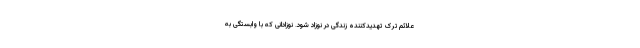
علائم ترک تهدیدکننده زندگی در نوزاد شود. نوزادانی که با وابستگی به